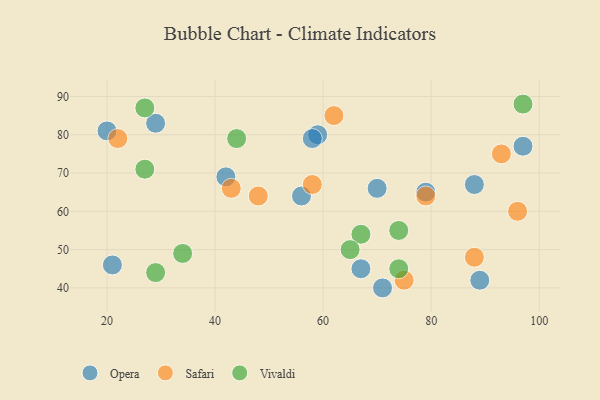
{"axis": {"x": "GDP", "y": "Life Expectancy"}, "legend": ["Opera", "Safari", "Vivaldi"], "data": [{"x": "70", "y": 66, "type": "Opera"}, {"x": "59", "y": 80, "type": "Opera"}, {"x": "29", "y": 83, "type": "Opera"}, {"x": "88", "y": 67, "type": "Opera"}, {"x": "67", "y": 45, "type": "Opera"}, {"x": "56", "y": 64, "type": "Opera"}, {"x": "58", "y": 79, "type": "Opera"}, {"x": "21", "y": 46, "type": "Opera"}, {"x": "79", "y": 65, "type": "Opera"}, {"x": "42", "y": 69, "type": "Opera"}, {"x": "97", "y": 77, "type": "Opera"}, {"x": "20", "y": 81, "type": "Opera"}, {"x": "71", "y": 40, "type": "Opera"}, {"x": "89", "y": 42, "type": "Opera"}, {"x": "88", "y": 48, "type": "Safari"}, {"x": "79", "y": 64, "type": "Safari"}, {"x": "96", "y": 60, "type": "Safari"}, {"x": "93", "y": 75, "type": "Safari"}, {"x": "58", "y": 67, "type": "Safari"}, {"x": "22", "y": 79, "type": "Safari"}, {"x": "48", "y": 64, "type": "Safari"}, {"x": "75", "y": 42, "type": "Safari"}, {"x": "62", "y": 85, "type": "Safari"}, {"x": "43", "y": 66, "type": "Safari"}, {"x": "29", "y": 44, "type": "Vivaldi"}, {"x": "34", "y": 49, "type": "Vivaldi"}, {"x": "27", "y": 87, "type": "Vivaldi"}, {"x": "44", "y": 79, "type": "Vivaldi"}, {"x": "74", "y": 45, "type": "Vivaldi"}, {"x": "74", "y": 55, "type": "Vivaldi"}, {"x": "27", "y": 71, "type": "Vivaldi"}, {"x": "67", "y": 54, "type": "Vivaldi"}, {"x": "65", "y": 50, "type": "Vivaldi"}, {"x": "97", "y": 88, "type": "Vivaldi"}]}